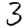
Digit: 3